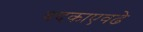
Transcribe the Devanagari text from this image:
बदकाएवढे